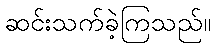
ဆင်းသက်ခဲ့ကြသည်။